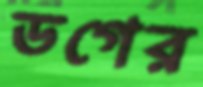
ডগের